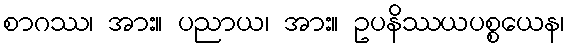
စာဂဿ၊ အား။ ပညာယ၊ အား။ ဥပနိဿယပစ္စယေန၊